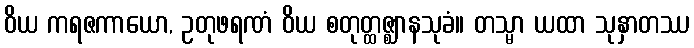
ဝိယ ကရဇကာယော, ဥတုဖရဏံ ဝိယ စတုတ္ထဇ္ဈာနသုခံ။ တသ္မာ ယထာ သုနှာတဿ